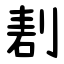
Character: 剨